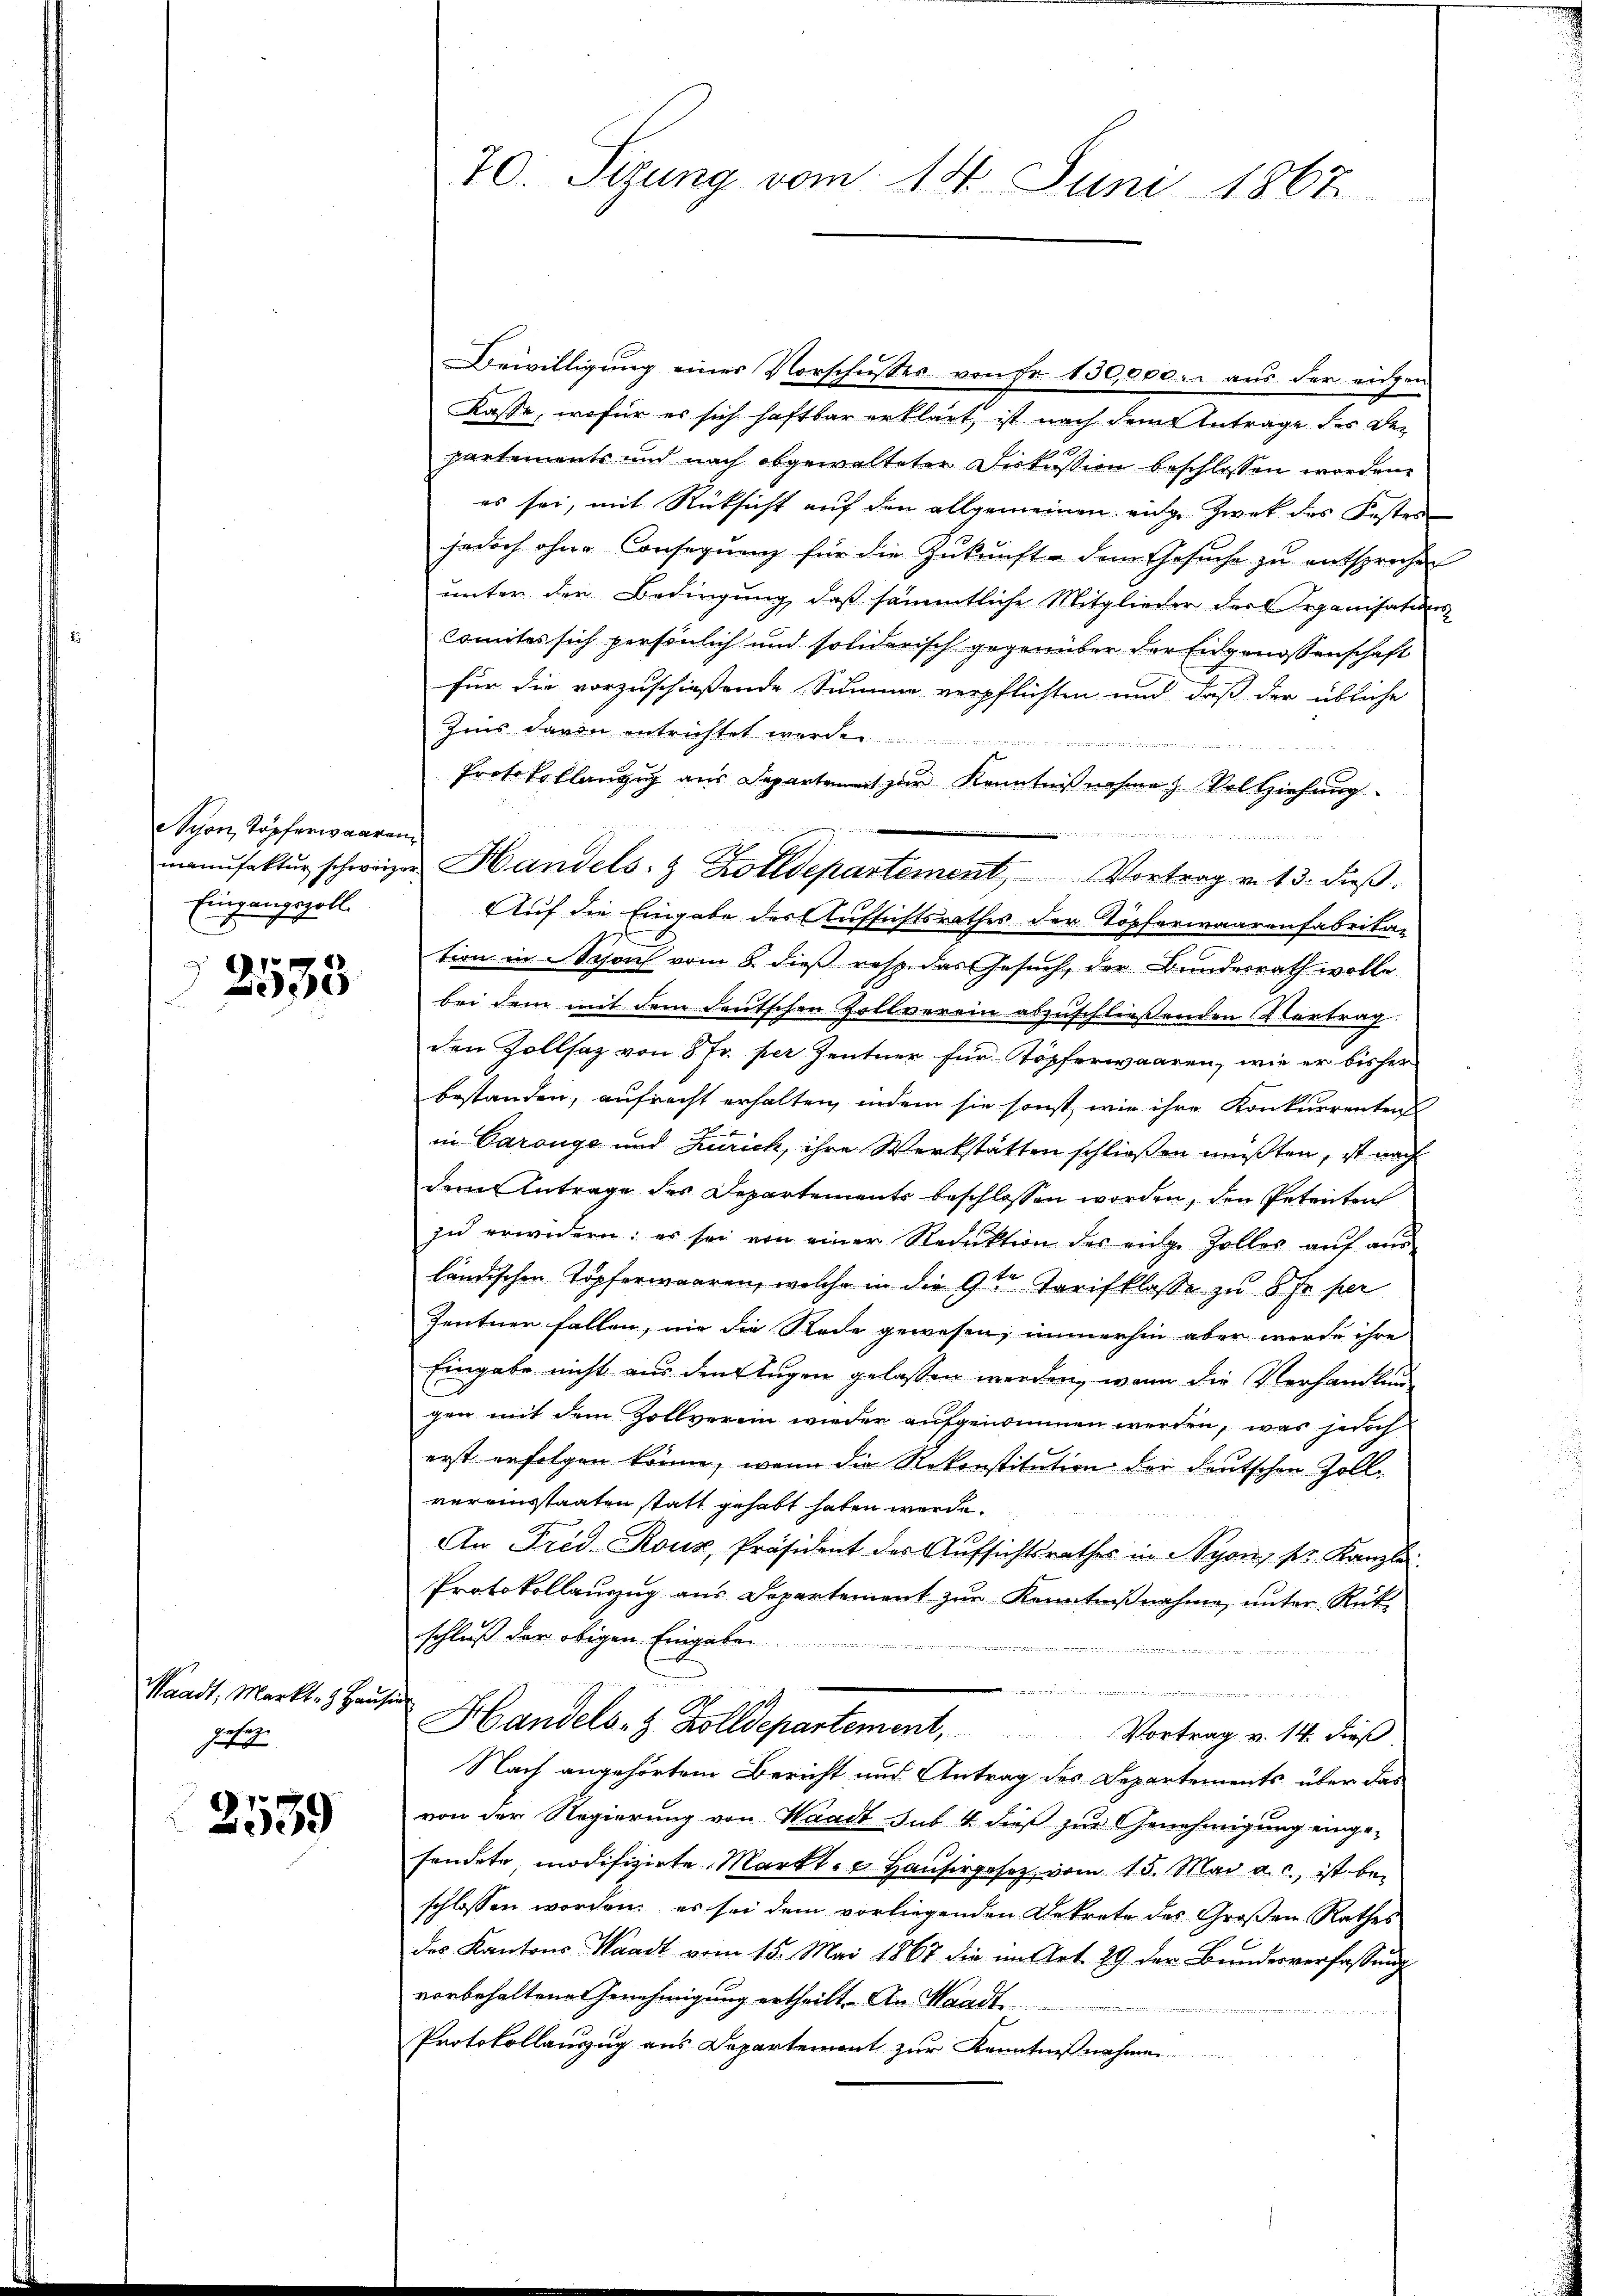
yon, Kopferwaaren,
Eingangszoll.

1
e

Waadt, Markt- . Hausin
petit

2539

70. Sizung vom 14. Juni 1867

Bewilligung eines Vorschusses von Fr. 130,000. aus der eidgen
Kasse, wofür es sich haftbar erklärt, ist nach dem Antrage des Departements und nach abgewalteten Diskussion beschlossen worden.
es sei, mit Rücksicht auf den allgemeinen eige Zwek des Festen
jedoch ohne Consequenz für die Zukunft - dem Gesŭche zu entsprechen
unter der Bedingung, daß sämmtliche Mitglieder dort Organisations-
Comites sich persönlich und soliderisch gegenüber der Engenossenschaft
für die vorzuschießende Summe verpflichten und daß der übliche
Zins davon entrichtet wurde
Protokollangig aus Departament zur Kenntnißnahme & Vollziehung
Auf die Eingabe der Aufsichtsrathes der Töpferwaarenfabrita-
tion in Schon vom 8. dieß resp. das Gesuch, der Bundesrath wolle
bei dem mit dem deutschen Zollverein abzuschließenden Vertrag
den Zollsaz von 8 Fr. per Zentner für Töpferwaaren, wie er bisher
bestanden, aufrecht erhalten, indem sie sonst, wie ihre Konkurrenten
in Carouge und Zürich, ihre Werkstätten schließen müßten, ist nach
dem Antrage des Departemente beschlossen worden, den Petenten
zŭ erwidern: es sei von einer Reduktion des eidge Zolles aŭf aŭs-
ländischen Topferwaaren, welche in die 9ten Tarifklasse zu 8 Fr. per
Zentner fallen, wie die Rede gewesen, immerhin aber werde ihre
Eingabe nicht aus den Augen gelassen werden, wenn die Verhandlung
gen mit dem Zollverein wieder aufgenommen werden, was jedoch
erst erfolgen könne, wenn die Rekonstitution der deutschen Zoll-
vereinsstaaten statt gehabt haben werde.
An Frid. Rouz, Präsident des Aufsichtsrathes in Syon, sr. Kanzlei
Protokollauszug aus Departement zŭr Kenntniβnahme, ŭnter Rück-
schluß der obigen Eingabe
.
Handels- & Zolldepartement, Vortrag v. 14. dieß
Nach angehörtem Bericht und Antrag des Departements über das
von der Regierung von Waadt sub. 4 dieß zur Genehmigung eingesendete, modifizirte Markt- u. Hausirgesetz vom 15. Mai a. c., ist beschlossen worden, es sei dem vorliegenden Dekrete des Großen Rathes
des Kantons Waadt vom 15. Mai 1867 die im Art. 29 der Bŭndesverfassŭng
vorbehaltene Genehmigung ertheilt. An Waadt
Protokollauszug aus Departement zur Kenntnißnahmen.

manufaktŭr schweizer Handels- & Zolldepartement Vortrag v. 13. dieβ.